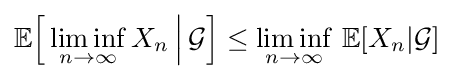
\mathbb {E} {\Bigl [}\liminf _{n\to \infty }X_{n}\,{\Big |}\,{\mathcal {G}}{\Bigr ]}\leq \liminf _{n\to \infty }\,\mathbb {E} [X_{n}|{\mathcal {G}}]